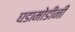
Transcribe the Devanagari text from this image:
घडामोडींनी